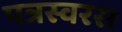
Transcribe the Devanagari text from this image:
पत्रस्वरस